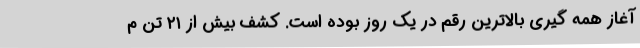
آغاز همه گیری بالاترین رقم در یک روز بوده است. کشف بیش از ۲۱ تن م